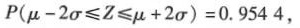
$$P ( μ - 2 σ ≤ Z ≤ μ + 2 σ ) = 0 . 9 5 4 4$$，